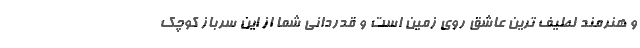
و هنرمند لطیف ترین عاشق روی زمین است و قدردانی شما از این سرباز کوچک